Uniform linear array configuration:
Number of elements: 12
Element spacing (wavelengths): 1
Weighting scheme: uniform
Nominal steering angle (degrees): -15
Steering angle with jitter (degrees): -16.416
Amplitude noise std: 0.05
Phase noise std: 0.05

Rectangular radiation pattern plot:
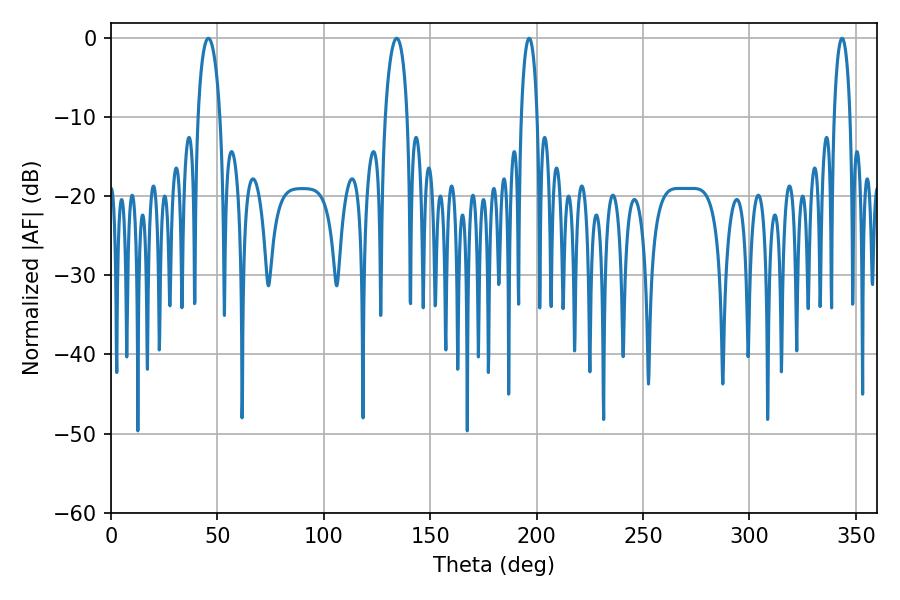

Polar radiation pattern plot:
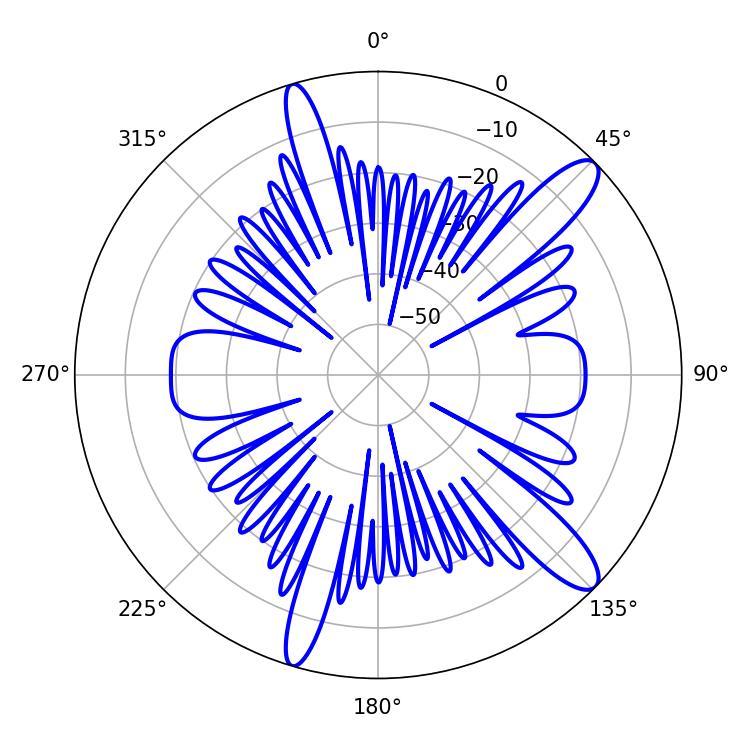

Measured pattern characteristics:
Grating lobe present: TRUE
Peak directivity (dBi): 12.387
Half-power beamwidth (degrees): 5.94
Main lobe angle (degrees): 45.72